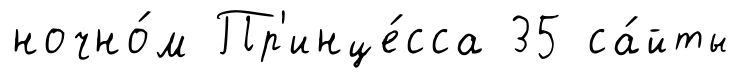
ночно́м Пр'инце́сса 35 са́йты